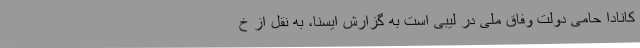
کانادا حامی دولت وفاق ملی در لیبی است به گزارش ایسنا، به نقل از خ